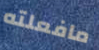
مافعلته